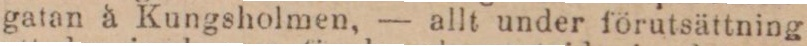
gatan å Kungsholmen, — allt under förutsättning